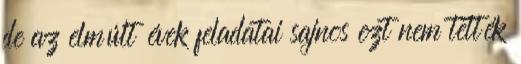
de az elmúlt évek feladatai sajnos ezt nem tették